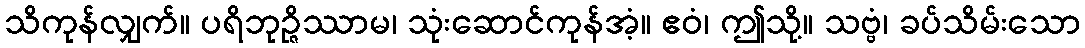
သိကုန်လျှက်။ ပရိဘုဉ္ဇိဿာမ၊ သုံးဆောင်ကုန်အံ့။ ဧဝံ၊ ဤသို့။ သဗ္ဗံ၊ ခပ်သိမ်းသော